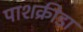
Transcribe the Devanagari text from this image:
पाशक्रीडा